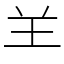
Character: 𦍌